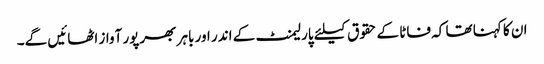
ان کا کہنا تھا کہ فاٹا کے حقوق کیلئے پارلیمنٹ کے اندر اور باہر بھرپور آواز اٹھائیں گے۔